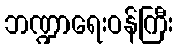
ဘဏ္ဍာရေးဝန်ကြီး